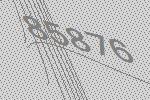
85876